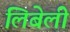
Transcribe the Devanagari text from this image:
लिबेली